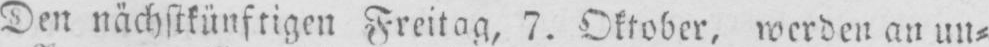
Den nächstkünftigen Freitag, 7. Oktober, werden an un⸗